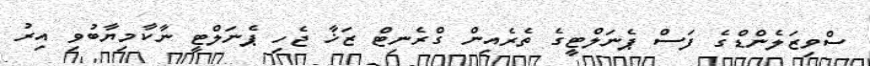
ސްވިޒަލެންޑްގެ ފަސް ޕެނަލްޓީގެ ތެރެއިން ގްރެނިޓް ޒަޚާ ޖެހި ޕެނަލްޓީ ނާކާމިޔާބުވި އިރު